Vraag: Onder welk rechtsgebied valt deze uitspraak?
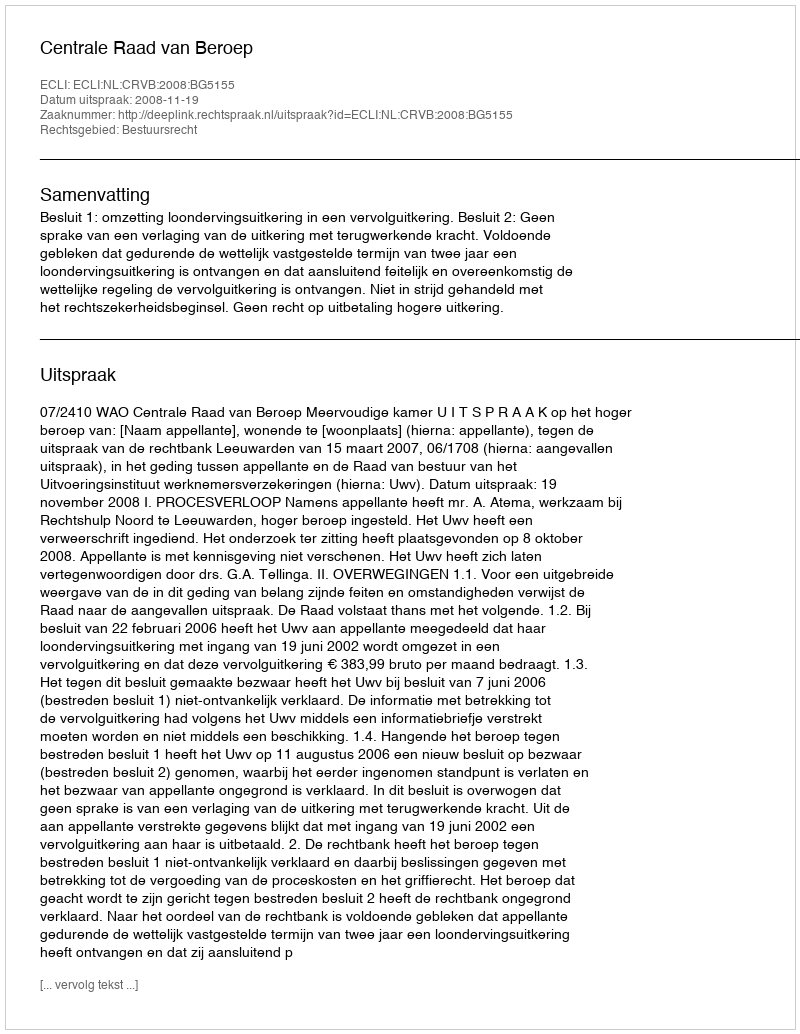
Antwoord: Bestuursrecht